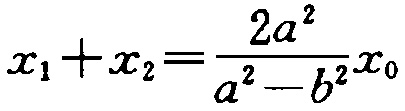
\(x_{1}+x_{2}=\frac{2a^{2}}{a^{2}-b^{2}}x_{0}\)